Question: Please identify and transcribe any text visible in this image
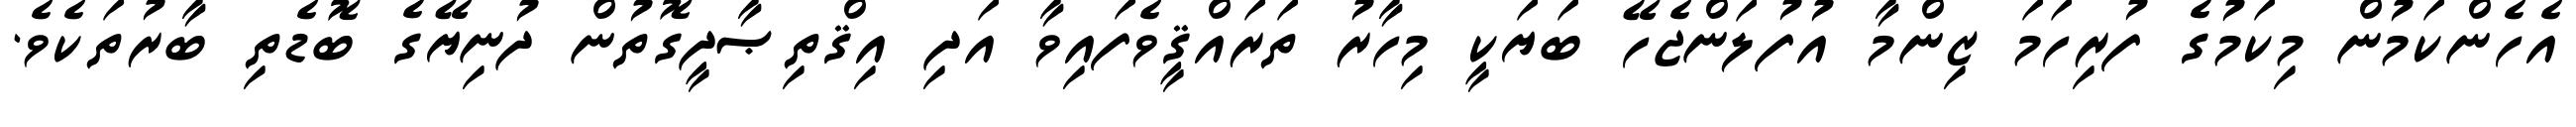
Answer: އެހެންކަމުން މިކަމުގެ ފުރިހަމަ ޒިންމާ އުފުލަންޖެހޭ ބަޔަކީ މިހާރު ތަރައްޤީވެފައިވާ އަދި އިޤްތިޞާދީގޮތުން ދުނިޔޭގެ ބޮޑެތި ބާރުތަކެވެ.